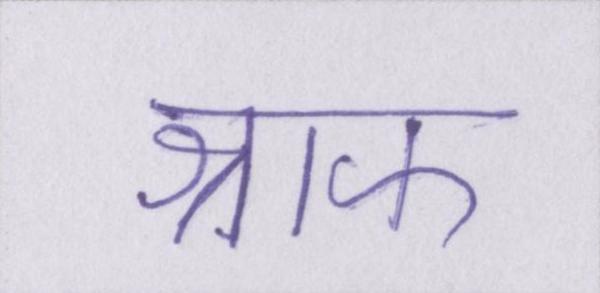
श्राफ